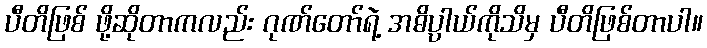
ပီတိဖြစ် ဖို့ဆိုတာကလည်း ဂုဏ်တော်ရဲ့ အဓိပ္ပာယ်ကိုသိမှ ပီတိဖြစ်တာပါ။